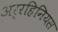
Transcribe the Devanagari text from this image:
अर्रहिनियस